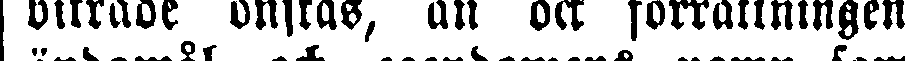
biträde önskas, an ock förrättningens